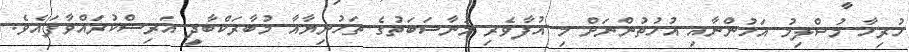
ހުރިހާ މުސްލިމު އަޚުންނާއި އުޚުތުންނަށް މި އުފާވެރި މުނާސަބަތުގެ ތަހުނިޔާއާ މުބާރަކްބާދީ އަރިސްކުރައްވާފައެވެ.